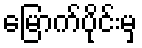
မြောက်ပိုင်းမှ